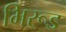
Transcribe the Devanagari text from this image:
भिरूड